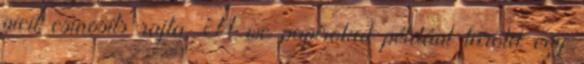
picit csinosíts rajta. A wc papírokat például tárold egy